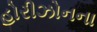
હોરીઝોનના